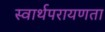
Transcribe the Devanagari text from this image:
स्वार्थपरायणता